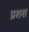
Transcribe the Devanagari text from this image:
प्रशश